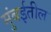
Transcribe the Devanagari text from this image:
मुंबर्इतील